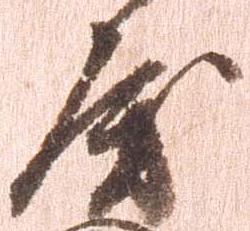
房